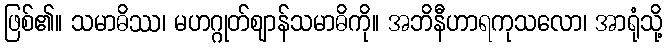
ဖြစ်၏။ သမာဓိဿ၊ မဟဂ္ဂုတ်ဈာန်သမာဓိကို။ အဘိနီဟာရကုသလော၊ အာရုံသို့